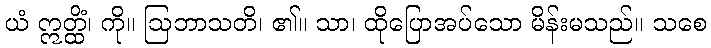
ယံ ဣတ္ထိံ၊ ကို။ ဩဘာသတိ၊ ၏။ သာ၊ ထိုပြောအပ်သော မိန်းမသည်။ သစေ